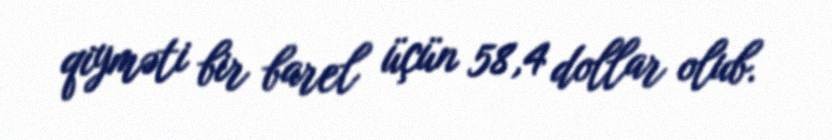
qiyməti bir barel üçün 58,4 dollar olub.